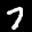
Label: 7